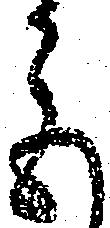
色